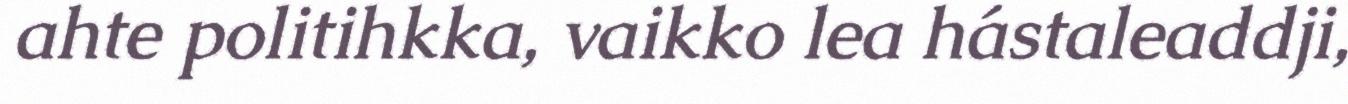
ahte politihkka, vaikko lea hástaleaddji,